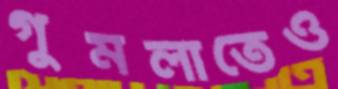
গুমলাতেও